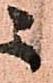
ニ